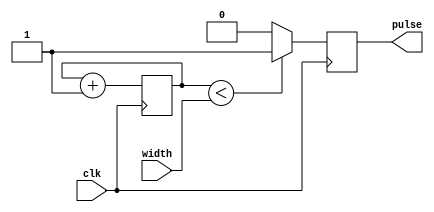
module PWM (
    input wire clk,
    input wire [13:0] width,
    output reg pulse
);

  reg [13:0] counter = 0;

  always @(posedge clk) begin
    counter <= counter + 1;
    if (counter < width) pulse <= 1'b1;
    else pulse <= 1'b0;
  end
endmodule